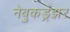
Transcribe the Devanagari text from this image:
नेबुकड्रेझर